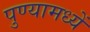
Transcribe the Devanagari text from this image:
पुण्यामध्यें